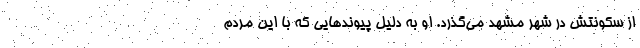
از سکونتش در شهر مشهد می‌گذرد. او به دلیل پیوند‌هایی که با این مردم